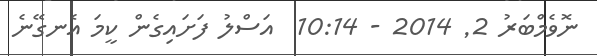
ނޮވެމްބަރު 2